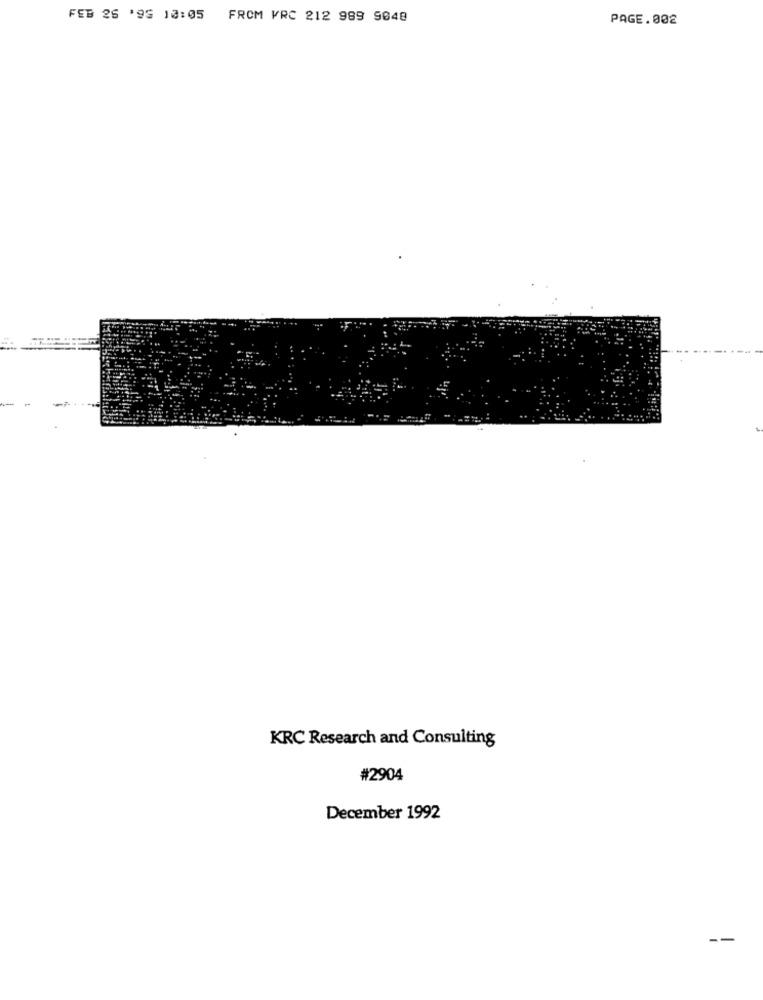
FEB 26 195 10:05 FROM VRC 212 989 9048
PAGE.002
KRC Research and Consulting
#2904
December 1992